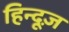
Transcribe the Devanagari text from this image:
हिन्दूज़